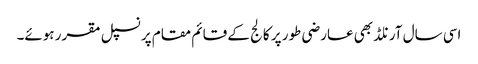
اسی سال آرنلڈ بھی عارضی طور پر کالج کے قائم مقام پرنسپل مقرر ہوئے۔